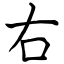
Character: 右